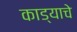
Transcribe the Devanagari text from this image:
काड्याचे